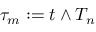
\tau _ { m } : = t \wedge T _ { n }